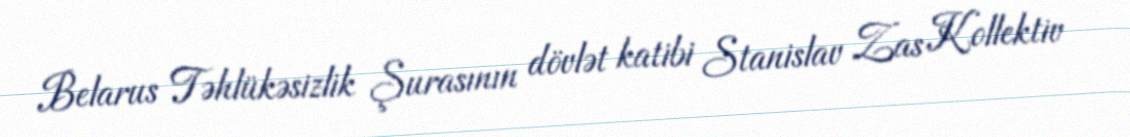
Belarus Təhlükəsizlik Şurasının dövlət katibi Stanislav Zas Kollektiv